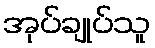
အုပ်ချုပ်သူ